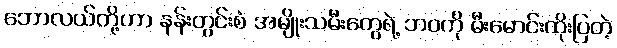
ဘောလယ်တို့ဟာ နန်းတွင်းစံ အမျိုးသမီးတွေရဲ့ ဘဝကို မီးမောင်းထိုးပြတဲ့